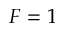
F = 1